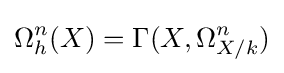
\Omega _{h}^{n}(X)=\Gamma (X,\Omega _{X/k}^{n})